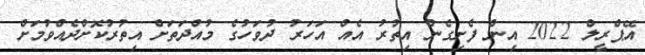
އޭޕްރީލް 2022 އިން ފެށިގެން އިތުރު އެއް އަހަރު ދުވަހުގެ މުއްދަތަށް އިތުރުކޮށްދެއްވުމަށް